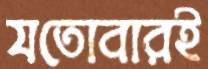
যতোবারই